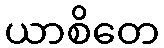
ယာစိတေ